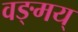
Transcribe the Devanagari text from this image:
वङ्मय्